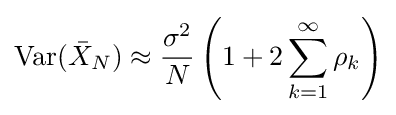
\mathrm {Var} ({\bar {X}}_{N})\approx {\frac {\sigma ^{2}}{N}}\left(1+2\sum _{k=1}^{\infty }\rho _{k}\right)